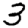
Digit: 3